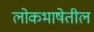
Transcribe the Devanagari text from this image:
लोकभाषेतील